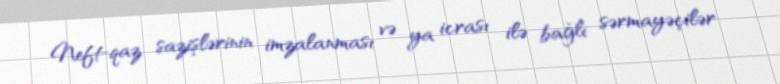
Neft-qaz sazişlərinin imzalanması və ya icrası ilə bağlı sərmayəçilər